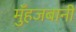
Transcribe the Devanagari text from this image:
मुँहजबानी